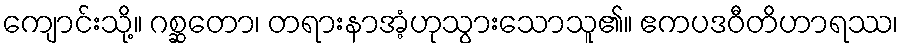
ကျောင်းသို့။ ဂစ္ဆတော၊ တရားနာအံ့ဟုသွားသောသူ၏။ ဧကပဒဝီတိဟာရဿ၊